Report on vaccination in Madras 1877-1894 - 1877-1894
Year: 1877
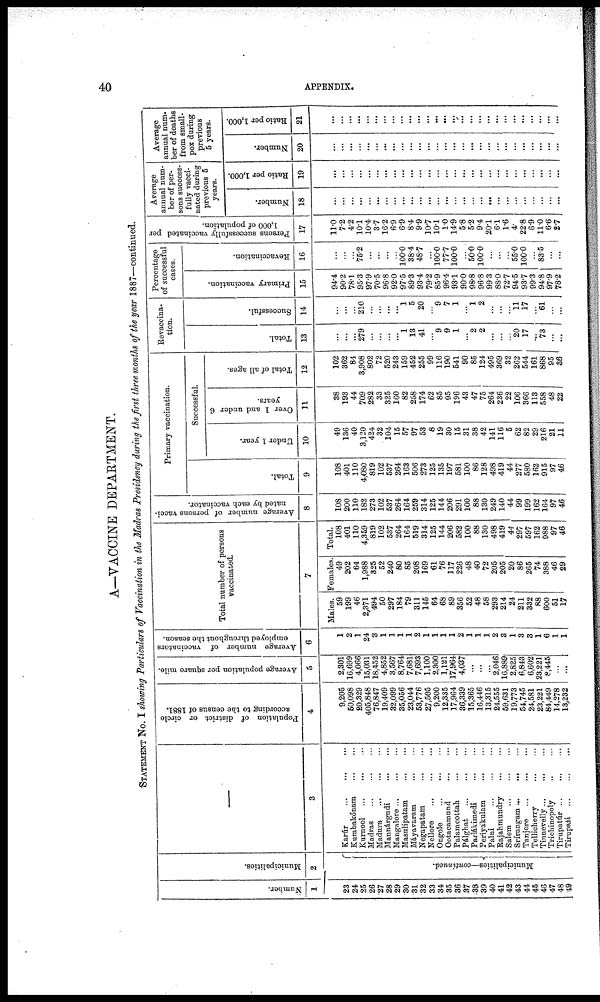
40
APPENDIX.
A—VACCINE DEPARTMENT.
STATEMENT No. I showing Particulars of Vaccination in the Madras Presidency during the first three months of the year 1887—continued.
Number.
1
23
24
25
26
27
28
29
30
31
32
33
34
35
36
37
38
39
40
41
42
43
44
45
46
47
48
49
Municipalities.
2
Municipalities—continued.
—
3
Karúr
...
...
...
Kumbakónam
...
...
Kurnool
...
...
...
Madras
...
...
...
Madura
...
...
...
Mannárgudi
...
Mangalore
...
......
Masulipatam
...
...
Máyavaram ... ...
Negapatam
...
...
Nellore ... ... ...
Ongole
...
...
...
Ootacamund ... ...
Palamcottah
...
...
Pálghat
...
...
...
Parlákimedi ... ...
Periyakulam
...
...
Palni
...
...
...
Rajahmundry
...
...
Salem
...
...
...
Srírangam ... ... ...
Tanjore
...
...
...
Tellicherry
...
...
Tinnevelly ... ... ...
Trihinopoly ... ...
Tirupatúr ... ... ...
Tirupati
...
...
...
Population of district or circle
according to the census of 1881.
4
9,205
50,098
20,329
405,848
76,847
19,409
32,099
35,056
23,044
53,776
27,505
9,200
12,335
17,964
36,339
15,365
16,446
13,315
24,555
59,631
19,773
54,745
24,581
23,221
84,449
14,278
13,232
Average population per square mile.
5
2,301
16,699
4,066
15,031
18,452
4,852
3,567
8,764
7,681
7,693
1,100
2,300
1,121
17,964
4,037
...
...
...
2,046
16,889
2,825
6,843
6,602
23,221
8,445
...
...
Average number of vaccinators
employed throughout the season.
6
1
2
1
24
3
1
1
1
1
2
1
1
1
1
2
1
1
1
2
3
1
3
3
1
6
1
1
Total number of persons
vaccinated.
7
Males.
59
199
46
2,371
494
50
297
184
79
311
145
64
68
89
356
52
48
58
293
214
24
211
332
88
600
51
17
Females.
49
202
64
1,988
325
52
240
60
85
208
169
61
76
117
226
48
40
72
205
205
20
86
265
74
388
46
29
Total.
108
401
110
4,359
819
102
537
264
164
519
314
125
144
206
582
100
88
130
498
419
44
297
597
162
988
97
46
Average number of persons vacci-
nated by each vaccinator.
8
108
200
110
182
273
102
537
264
164
259
314
125
144
206
291
100
88
130
249
140
44
99
199
162
164
97
46
Primary vaccination.
Total.
9
108
401
110
4,080
819
102
537
264
163
506
273
125
135
197
581
100
86
128
498
419
44
277
580
162
915
97
46
Successful.
Under 1 year.
10
49
136
40
3,120
424
32
104
15
57
97
53
8
19
30
15
31
38
42
141
116
5
62
82
29
216
21
11
Over 1 and under 6
years.
11
38
193
44
709
282
33
325
160
82
258
174
62
85
95
196
43
47
75
264
236
22
106
366
113
558
48
22
Total of all ages.
12
102
362
84
3,908
802
72
520
243
159
452
255
99
116
190
541
90
85
124
495
369
32
262
544
161
868
95
36
Revaccina-
tion.
Total.
13
...
...
...
279
...
...
...
...
1
13
41
...
9
9
1
...
2
2
...
...
...
20 17
...
73
...
...
Successful.
14
...
...
...
210
...
...
...
...
1
5
20
...
9
7
1
...
1
2
...
...
...
11
17
...
61
...
...
Percentage
of successful
cases.
Primary vaccination.
15
94.4
90.2
78.1
95.3
97.9
70.5
96.8
92.0
97.5
89.3
93.4
79.2
85.9
96.4
93.1
90.0
98.8
96.8
99.3
88.0
72.7
94.5
93.7
99.3
94.8
97.9
78.2
Revaccination.
16
...
...
...
75.2
...
...
...
...
100.0
38.4
48.7
...
100.0
77.7
100.0
...
50.0
100.0
...
...
...
55.0
100.0
...
83.5
...
...
Persons successfully vaccinated per
1,000 of population.
17
11.0
7.2
4.2
10.1
10.4
3.7
16.2
6.9
6.9
8.4
9.9
10.7
10.1
1.0
14.9
5.8
5.2
9.4
20.1
6.1
1.6
4
22.8
6.9
11.0
6.6
2.7
Average
annual num-
ber of per-
sons success-
fully vacci-
nated during
previous 5
years.
Number.
18
...
...
...
...
...
...
...
...
...
...
...
...
...
...
...
...
...
...
...
...
...
...
...
...
...
...
...
Ratio per 1,000.
19
...
...
...
...
...
...
...
...
...
...
...
...
...
...
...
...
...
...
...
...
...
...
...
...
...
...
...
Average
annual num-
ber of deaths
from small-
pox during
previous
5 years.
Number.
20
...
...
...
...
...
...
...
...
...
...
...
...
...
...
...
...
...
...
...
...
...
...
...
...
...
...
...
Ratio per 1,000.
21
...
...
...
...
...
...
...
...
...
...
...
...
...
...
...
...
...
...
...
...
...
...
...
...
...
...
...